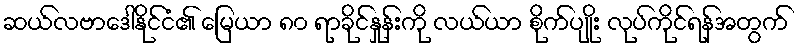
ဆယ်လဗာဒေါနိုင်ငံ၏ မြေယာ ၈၀ ရာခိုင်နှုန်းကို လယ်ယာ စိုက်ပျိုး လုပ်ကိုင်ရန်အတွက်